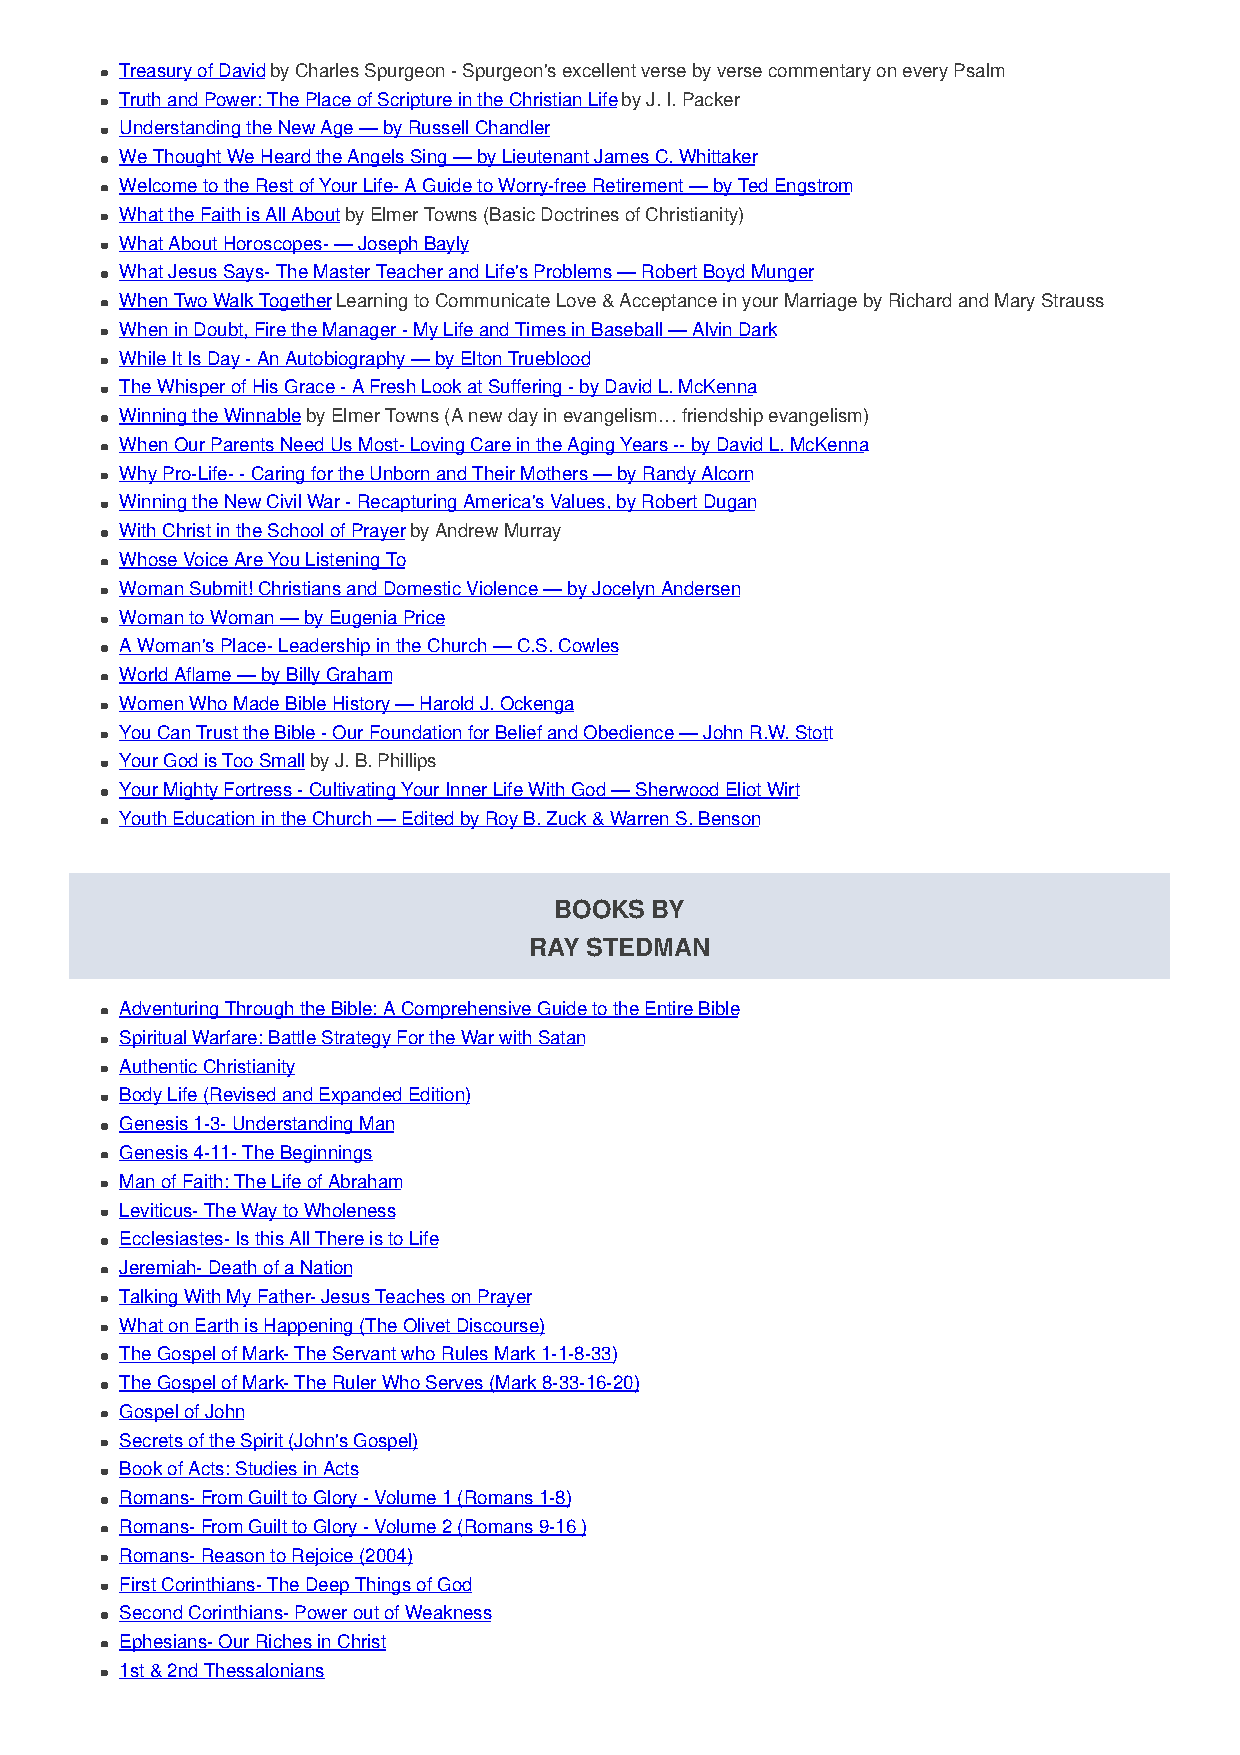
Treasury of David by Charles Spurgeon - Spurgeon's excellent verse by verse commentary on every Psalm
 Truth and Power: The Place of Scripture in the Christian Life by J. I. Packer
 Understanding the New Age — by Russell Chandler
 We Thought We Heard the Angels Sing — by Lieutenant James C. Whittaker
 Welcome to the Rest of Your Life- A Guide to Worry-free Retirement — by Ted Engstrom
 What the Faith is All About by Elmer Towns (Basic Doctrines of Christianity)
 What About Horoscopes- — Joseph Bayly
 What Jesus Says- The Master Teacher and Life's Problems — Robert Boyd Munger
 When Two Walk Together Learning to Communicate Love & Acceptance in your Marriage by Richard and Mary Strauss
 When in Doubt, Fire the Manager - My Life and Times in Baseball — Alvin Dark
 While It Is Day - An Autobiography — by Elton Trueblood
 The Whisper of His Grace - A Fresh Look at Suffering - by David L. McKenna
 Winning the Winnable by Elmer Towns (A new day in evangelism… friendship evangelism)
 When Our Parents Need Us Most- Loving Care in the Aging Years -- by David L. McKenna
 Why Pro-Life- - Caring for the Unborn and Their Mothers — by Randy Alcorn
 Winning the New Civil War - Recapturing America's Values, by Robert Dugan
 With Christ in the School of Prayer by Andrew Murray
 Whose Voice Are You Listening To
 Woman Submit! Christians and Domestic Violence — by Jocelyn Andersen
 Woman to Woman — by Eugenia Price
 A Woman's Place- Leadership in the Church — C.S. Cowles
 World Aflame — by Billy Graham
 Women Who Made Bible History — Harold J. Ockenga
 You Can Trust the Bible - Our Foundation for Belief and Obedience — John R.W. Stott
 Your God is Too Small by J. B. Phillips
 Your Mighty Fortress - Cultivating Your Inner Life With God — Sherwood Eliot Wirt
 Youth Education in the Church — Edited by Roy B. Zuck & Warren S. Benson
 BOOKS BY
 RAY STEDMAN
 Adventuring Through the Bible: A Comprehensive Guide to the Entire Bible
 Spiritual Warfare: Battle Strategy For the War with Satan
 Authentic Christianity
 Body Life (Revised and Expanded Edition)
 Genesis 1-3- Understanding Man
 Genesis 4-11- The Beginnings
 Man of Faith: The Life of Abraham
 Leviticus- The Way to Wholeness
 Ecclesiastes- Is this All There is to Life
 Jeremiah- Death of a Nation
 Talking With My Father- Jesus Teaches on Prayer
 What on Earth is Happening (The Olivet Discourse)
 The Gospel of Mark- The Servant who Rules Mark 1-1-8-33)
 The Gospel of Mark- The Ruler Who Serves (Mark 8-33-16-20)
 Gospel of John
 Secrets of the Spirit (John's Gospel)
 Book of Acts: Studies in Acts
 Romans- From Guilt to Glory - Volume 1 (Romans 1-8)
 Romans- From Guilt to Glory - Volume 2 (Romans 9-16 )
 Romans- Reason to Rejoice (2004)
 First Corinthians- The Deep Things of God
 Second Corinthians- Power out of Weakness
 Ephesians- Our Riches in Christ
 1st & 2nd Thessalonians